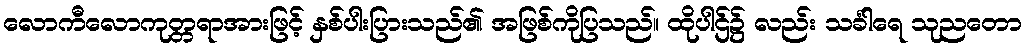
လောကီလောကုတ္တရာအားဖြင့် နှစ်ပါးပြားသည်၏ အဖြစ်ကိုပြသည်။ ထိုပါဌ်၌ လည်း သင်္ခါရေ သုညတော